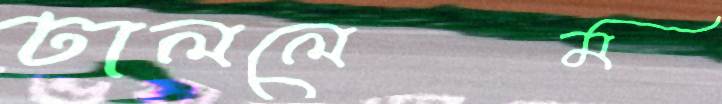
ঢাললেম